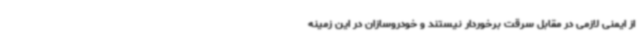
از ایمنی لازمی در مقابل سرقت برخوردار نیستند و خودروسازان در این زمینه